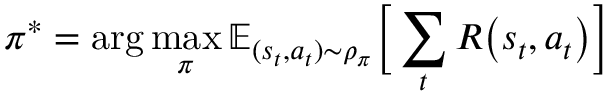
\pi ^ { * } = \arg \operatorname* { m a x } _ { \pi } \mathbb { E } _ { ( s _ { t } , a _ { t } ) \sim \rho _ { \pi } } \bigg [ \sum _ { t } R \big ( s _ { t } , a _ { t } \big ) \bigg ]